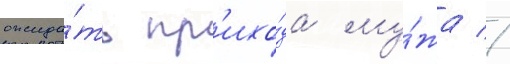
ожида́ть пр'ихо́да му́жа //